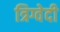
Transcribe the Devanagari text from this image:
त्रिग्वेदी